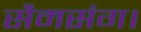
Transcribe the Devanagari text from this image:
सैमसंग।